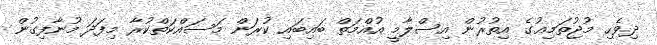
ދިވެހި މުޖުތަމިޢުގެ އިތުރުން އިސްލާމީ އުއްމަތް ބައިބައި ކުރަން މަސައްކަތްކުރާ މިފަދަ މުނާފިގުން